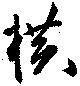
横